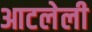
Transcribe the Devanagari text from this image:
आटलेली